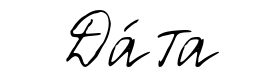
Да́та